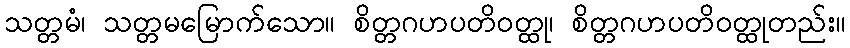
သတ္တမံ၊ သတ္တမမြောက်သော။ စိတ္တဂဟပတိဝတ္ထု၊ စိတ္တဂဟပတိဝတ္ထုတည်း။